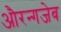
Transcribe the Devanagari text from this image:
औरन्गजेब